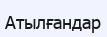
Атылғандар